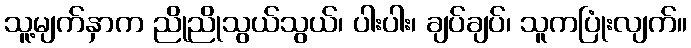
သူ့မျက်နှာက ညိုညိုသွယ်သွယ်၊ ပါးပါး၊ ချပ်ချပ်၊ သူကပြုံးလျက်။